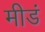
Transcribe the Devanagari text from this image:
मीडं